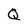
Character: Q